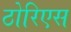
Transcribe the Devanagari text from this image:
ठोरिएस